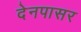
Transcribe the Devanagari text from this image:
देनपासर